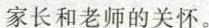
家长和老师的关怀。